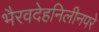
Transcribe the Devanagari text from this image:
भैरवदेहनिलीनपरे